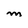
Character: M